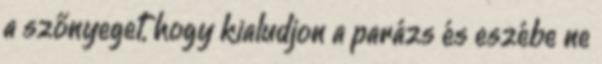
a szőnyeget, hogy kialudjon a parázs és eszébe ne